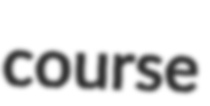
course